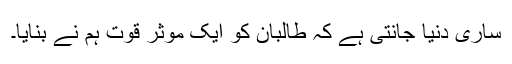
ساری دنیا جانتی ہے کہ طالبان کو ایک موثر قوت ہم نے بنایا۔